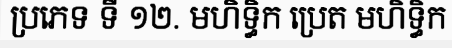
ប្រភេទ ទី ១២. មហិទ្ធិក ប្រេត មហិទ្ធិក